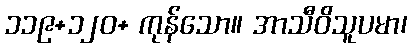
၁၁၉+၁၂၀+ ကုန်သော။ အာသီဝိသူပမာ၊